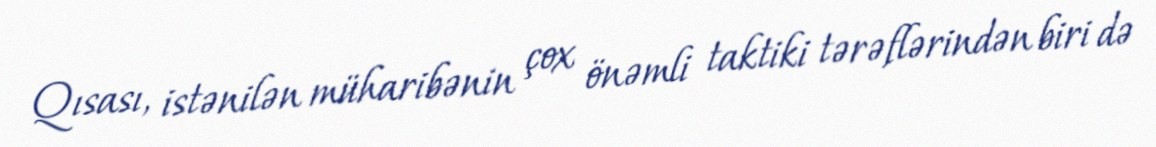
Qısası, istənilən müharibənin çox önəmli taktiki tərəflərindən biri də